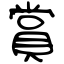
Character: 賞